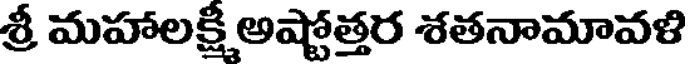
శ్రీ మహాలక్షి అష్టోత్తర శతనామావళి